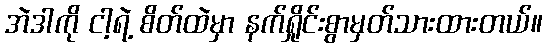
အဲဒါကို ငါ့ရဲ့ စိတ်ထဲမှာ နက်ရှိုင်းစွာမှတ်သားထားတယ်။